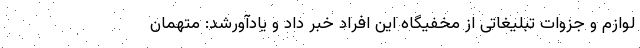
لوازم و جزوات تبلیغاتی از مخفیگاه این افراد خبر داد و یادآورشد: متهمان